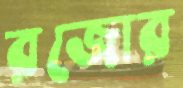
রজোর